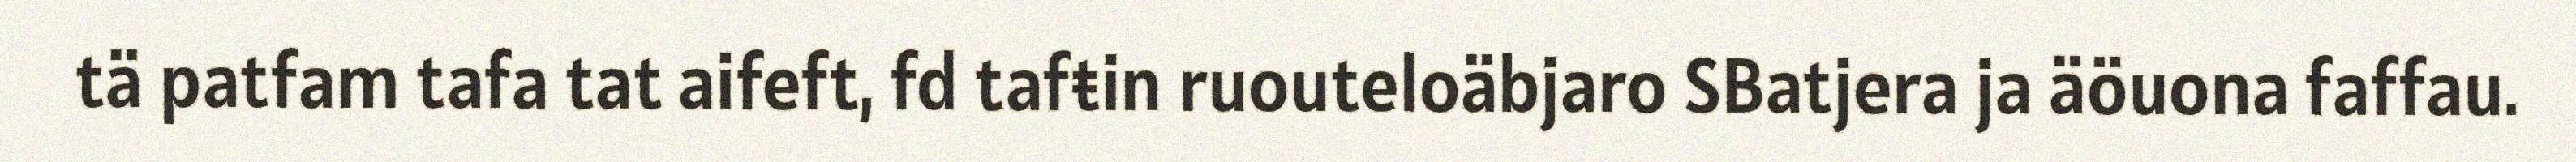
tä patfam tafa tat aifeft, fd tafŧin ruouteloäbjaro SBatjera ja äöuona faffau.